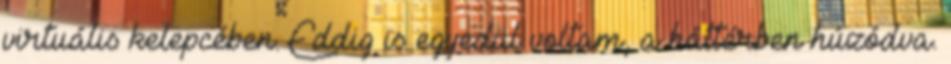
virtuális kelepcében. Eddig is egyedül voltam, a háttérben húzódva.